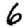
Digit: 6